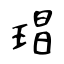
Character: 琩